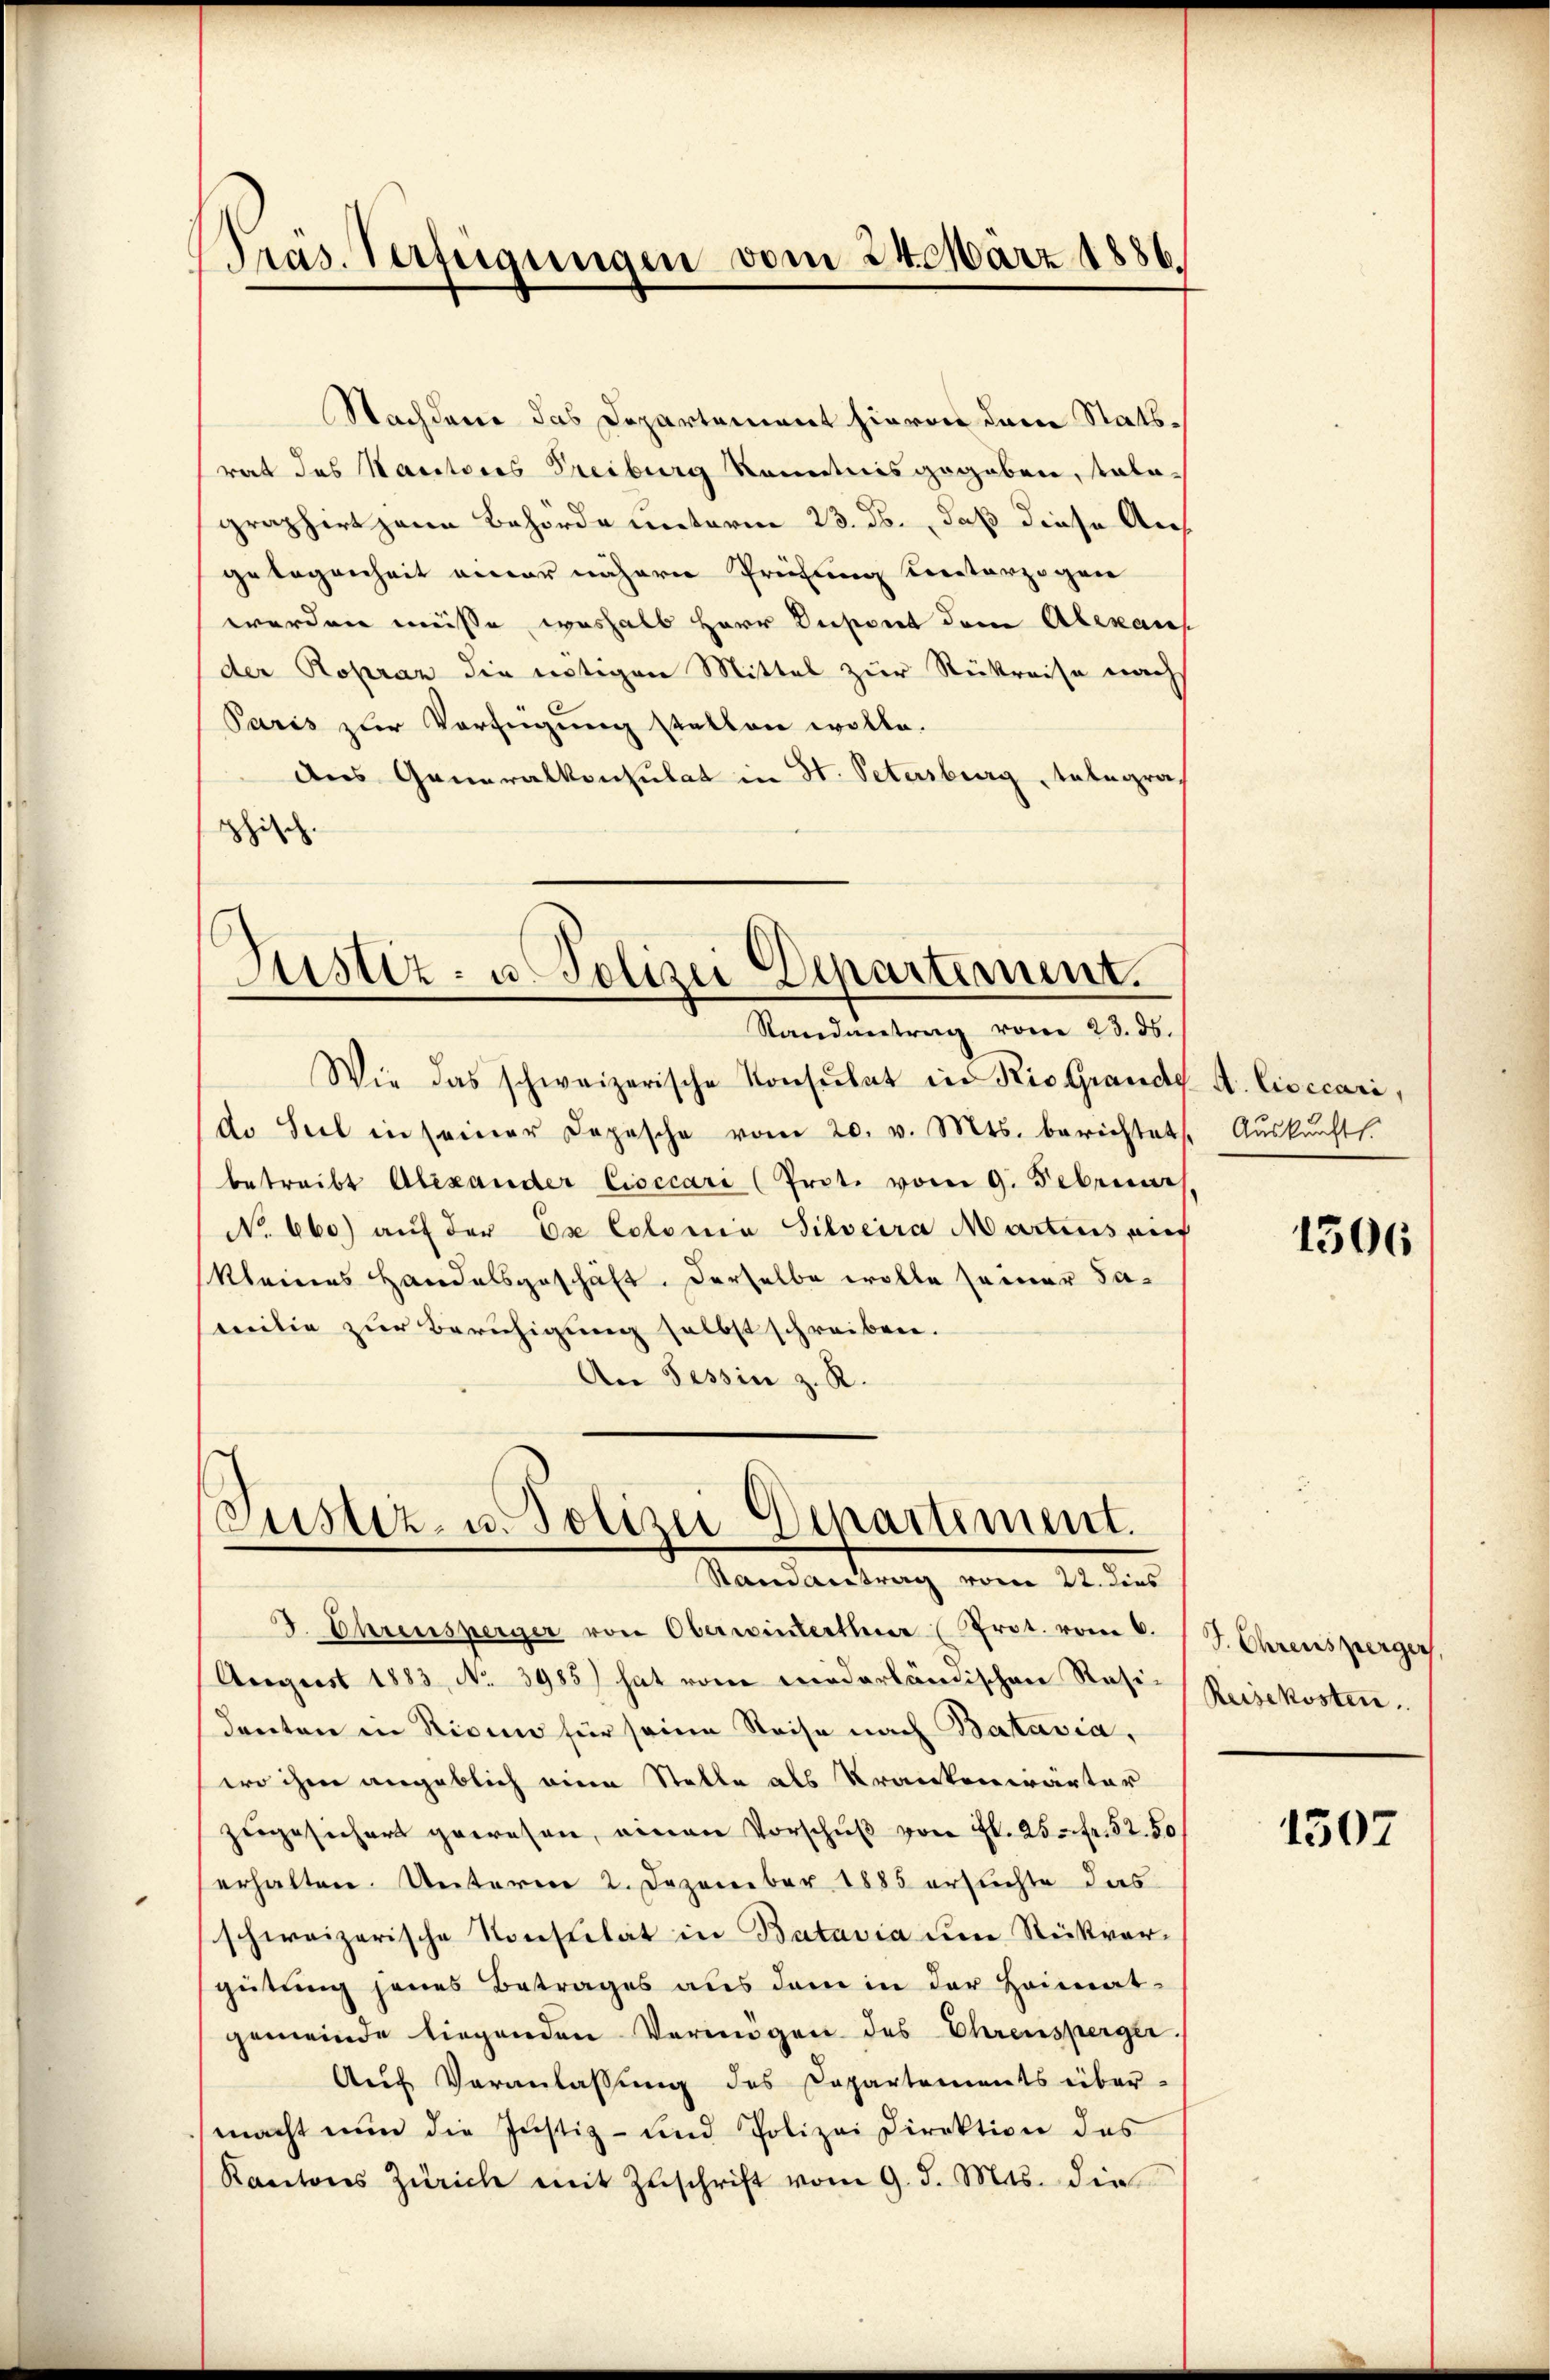
Präs. Verfügungen vom 24. März 1886.

Nachdem das Departement hievon dem Statsrat des Kantores Treiburg kanntnis gegeben, tala-
graphirt hann Behörde unterm 23. ds., daß diese Auf
gelegenheit einer nähern Prüfung unterzogen
werden müsse, weshalb Herr Resont dem Abenans
der Ropraz die nötigen Mittel zur Rükreise nach
Paris zur Verfügung stellen wolle.
des Generalkonsulat in St. Petersburg tatagraphisch.

Justiz- u. Polizei Departement.
Randantrag vom 23. ds.

Justiz- u. Polizei-Departement.
Randantrag vom 22. dies

Wie das schweizerische Konsulat in Rio Grands
de Seel in seiner Depesche vom 20. v. Mts. berichtet,
betreibt Alexander Eisecari (Prot. vom 9. Februar
No. 660) auf der Ex Colonia Silveira Martius auf
kleines Handelsgeschäft. Derselbe wolle seiner Sammilie zur Beruhigung selbst schreiben.
An Tessin z. R.

J. Ehrensperger von Oberwinterthur (Prot. vom 6. J. Chrensperger
August 1883, No. 3985) hat vom niederländischen Rasi-Reisekosten
danten in Nicum für seine Reise nach Batavia,
wo ihm angeblich eine Stelle als Krankenwärter
zŭgesichert gewesen, einen Vorschŭβ von fl. 25. fr. 52. 50
erhalten. Unterm 2. Dezember 1885 ersuchte das
schweizerische Konsulat in Batavia um Rückvergütung jenes Betrages aus dem in der Heimat-
gemeinde liegenden Vermögen des Ehrensperger
Aŭf Veranlassung des Departements über-
macht nun die Justiz- und Polizei Direktion des
Kantons Zürich mit Zŭschrift vom 9. d. Mts. die

A. Civicari,
Auskunft.

1306

1507